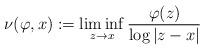
LaTeX: \begin{align*} \nu(\varphi,x):=\liminf_{z\to x}\frac{\varphi(z)}{\log|z-x|}\end{align*}